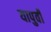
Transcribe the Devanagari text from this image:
यापुर्वी